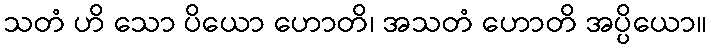
သတံ ဟိ သော ပိယော ဟောတိ၊ အသတံ ဟောတိ အပ္ပိယော။